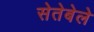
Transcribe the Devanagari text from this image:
सेतेबेले